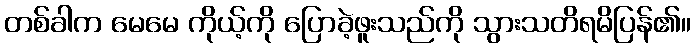
တစ်ခါက မေမေ ကိုယ့်ကို ပြောခဲ့ဖူးသည်ကို သွားသတိရမိပြန်၏။